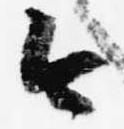
今